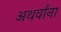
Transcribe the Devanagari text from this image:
अथर्वांना